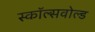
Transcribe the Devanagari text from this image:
स्कॉल्सवोल्ड